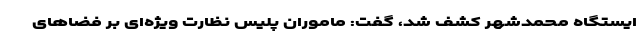
ایستگاه محمدشهر کشف شد، گفت: ماموران پلیس نظارت ویژه‌ای بر فضاهای